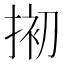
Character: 𢮀